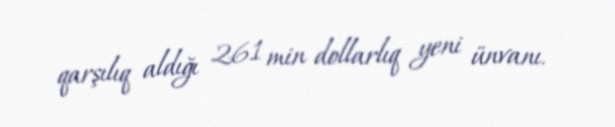
qarşılıq aldığı 261 min dollarlıq yeni ünvanı.